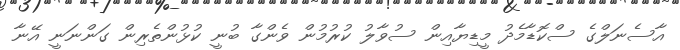
އާސެނަލްގެ ސްކޮޑާމެދު މީޑިޔާއިން ސުވާލު ކުރުމުން ވެންގާ ބުނީ ކުޅުންތެރިން ގަންނަނީ އޭނާ